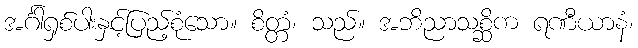
အင်္ဂါရှစ်ပါးနှင့်ပြည့်စုံသော။ စိတ္တံ၊ သည်။ အဘိညာသစ္ဆိက ရဏီယာနံ၊